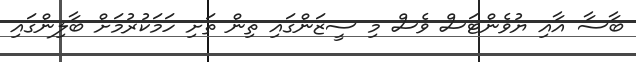
ބާސާ އާއި ޔުވެންޓަސް ވެސް މި ސީޒަންގައި ތިން ތަށި ހަމަކުރުމަށް ބާލިންގައި